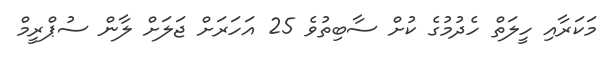
މަކަރާއި ހީލަތް ހެދުމުގެ ކުށް ސާބިތުވެ 25 އަހަރަށް ޖަލަށް ލާން ސުޕްރީމް